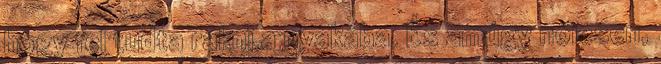
hogy fel tudta rakni a nyakába. És amúgy nőiesen,